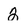
Character: 2